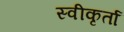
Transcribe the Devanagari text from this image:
स्वीकृर्ता